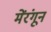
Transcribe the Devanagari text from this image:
मेंरंगून